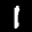
Label: 1